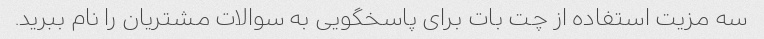
سه مزیت استفاده از چت بات برای پاسخگویی به سوالات مشتریان را نام ببرید.